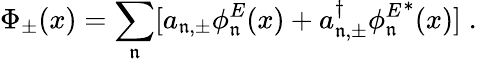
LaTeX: \Phi_{\pm}(x)=\sum_{\mathfrak{n}}[a_{\mathfrak{n},\pm}\phi_{\mathfrak{n}}^{E}(x)+a_{\mathfrak{n},\pm}^{\dagger}{\phi_{\mathfrak{n}}^{E}}^{*}(x)]{\; .}